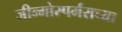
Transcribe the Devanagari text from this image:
जीन्मोस्पर्मसच्या